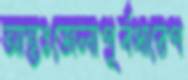
আন্তঃজেলাপূর্বধারেপ